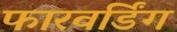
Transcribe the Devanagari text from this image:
फारवर्डिंग